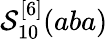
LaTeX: \mathcal{S}_{10}^{[6]}(aba)